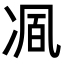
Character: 𭂒